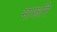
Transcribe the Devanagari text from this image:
मारूनि